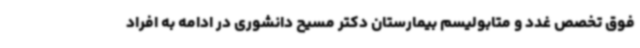
فوق تخصص غدد و متابولیسم بیمارستان دکتر مسیح دانشوری در ادامه به افراد